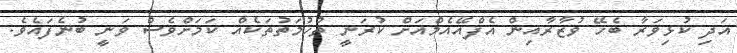
އަދި ކުޅިވަރާ ބެހޭ ވުޒާރާއިން އެފްއޭއެމްއަށް ކުރަނީ ތުހުމަތުތަކެއް ކަމަށްވެސް ވަނީ ބުނެފައެވެ.